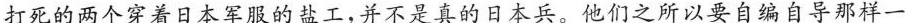
打死的两个穿着日本军服的盐工,并不是真的日本兵。他们之所以要自编自导那样一